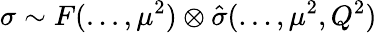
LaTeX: \sigma\sim F(...,\mu^{2})\otimes\hat{\sigma}(...,\mu^{2},Q^{2})